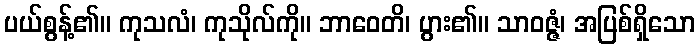
ပယ်စွန့်၏။ ကုသလံ၊ ကုသိုလ်ကို။ ဘာဝေတိ၊ ပွား၏။ သာဝဇ္ဇံ၊ အပြစ်ရှိသော